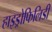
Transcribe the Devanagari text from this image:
हाइड्रोफिलिडी